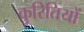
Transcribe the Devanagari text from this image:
कुरितियों